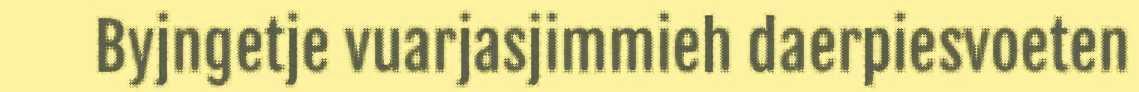
Byjngetje vuarjasjimmieh daerpiesvoeten